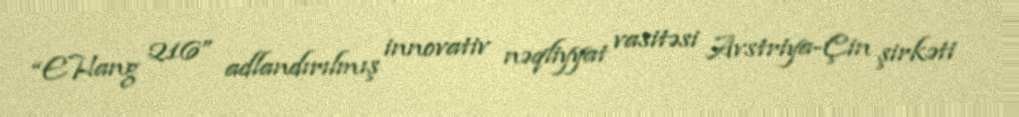
“EHang 216” adlandırılmış innovativ nəqliyyat vasitəsi Avstriya-Çin şirkəti